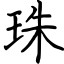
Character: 珠